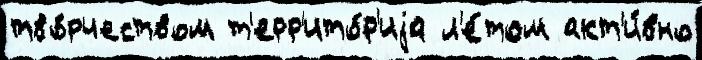
тво́рчеством т'ерр'ито́р'иjа л'е́том акт'и́вно